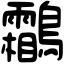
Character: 鸘